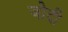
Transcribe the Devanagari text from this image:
जोदी